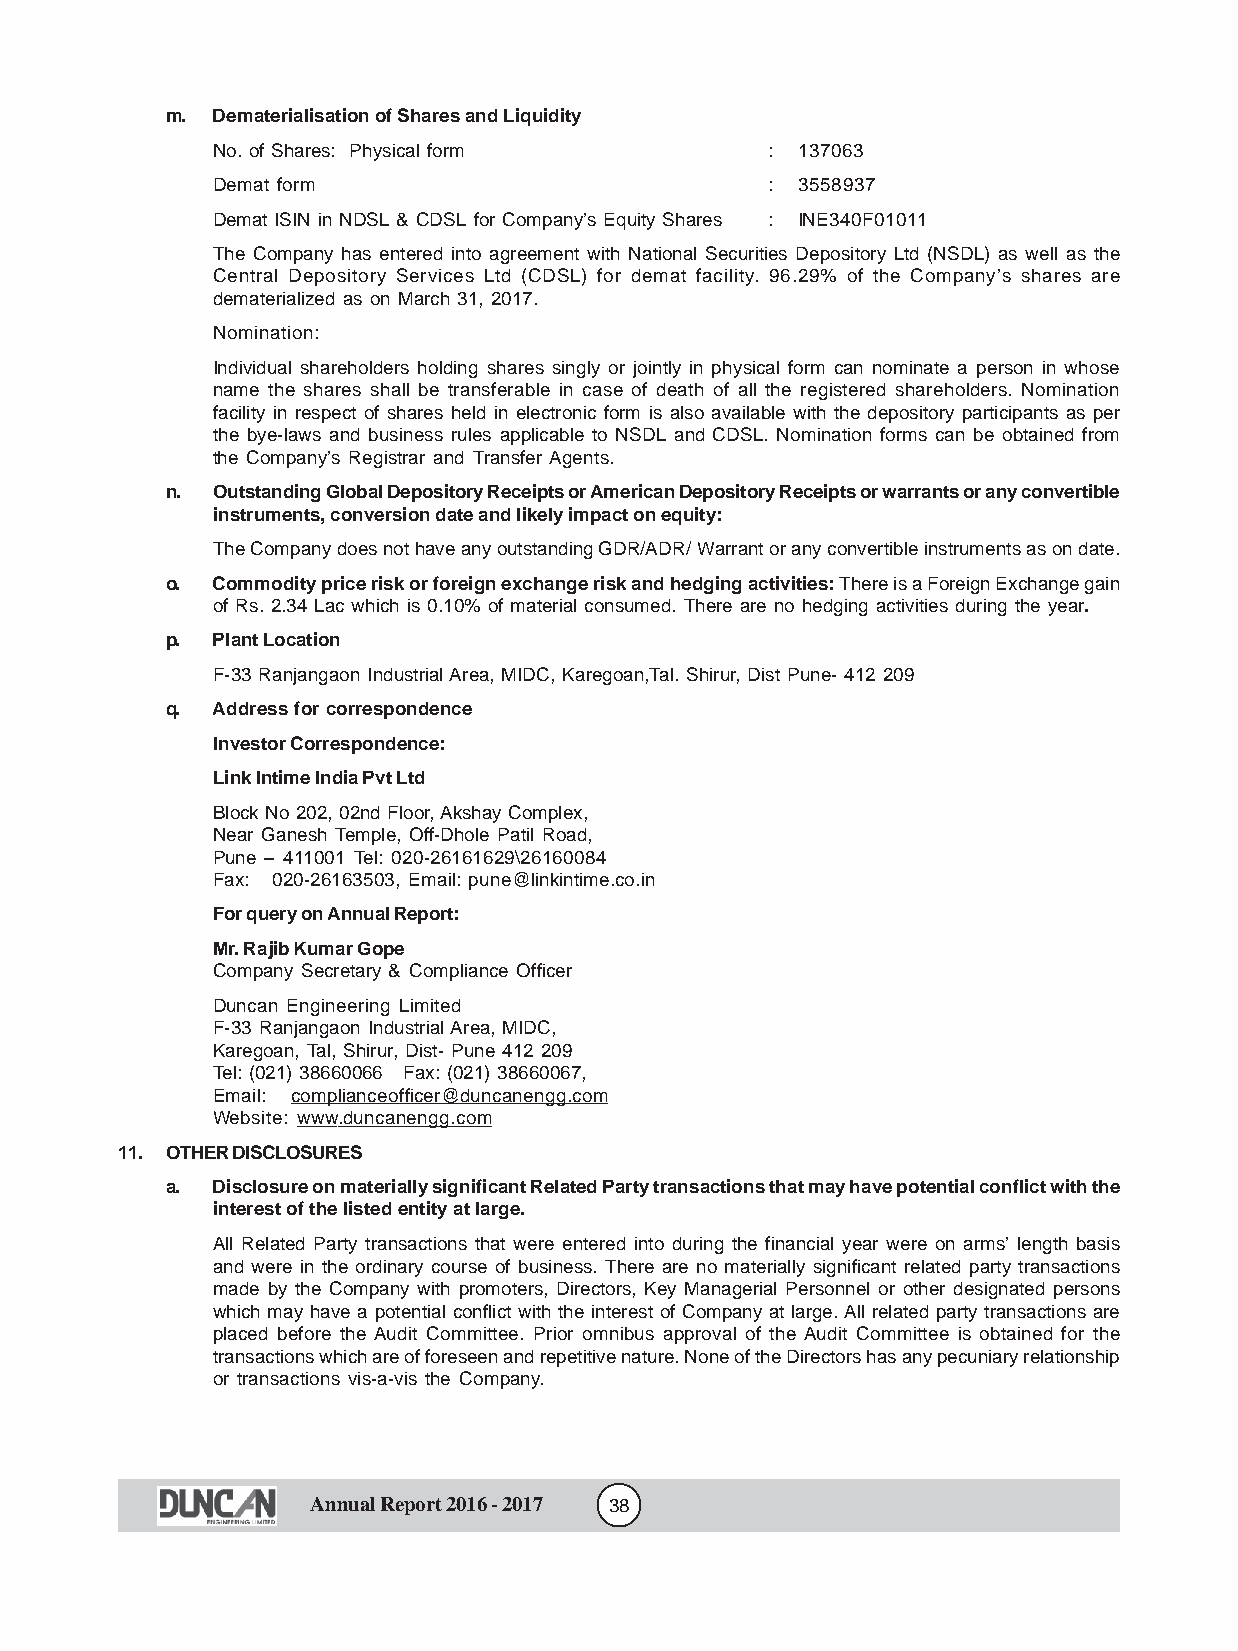
m. Dematerialisation of Shares and Liquidity
 No. of Shares: Physical form         : 137063
 Demat form                           : 3558937
 Demat ISIN in NDSL & CDSL for Company’s Equity Shares : INE340F01011
 The Company has entered into agreement with National Securities Depository Ltd (NSDL) as well as the
 Central Depository Services Ltd (CDSL) for demat facility. 96.29% of the Company’s shares are
 dematerialized as on March 31, 2017.
 Nomination:
 Individual shareholders holding shares singly or jointly in physical form can nominate a person in whose
 name the shares shall be transferable in case of death of all the registered shareholders. Nomination
 facility in respect of shares held in electronic form is also available with the depository participants as per
 the bye-laws and business rules applicable to NSDL and CDSL. Nomination forms can be obtained from
 the Company’s Registrar and Transfer Agents.
 n. Outstanding Global Depository Receipts or American Depository Receipts or warrants or any convertible
 instruments, conversion date and likely impact on equity:
 The Company does not have any outstanding GDR/ADR/ Warrant or any convertible instruments as on date.
 o. Commodity price risk or foreign exchange risk and hedging activities: There is a Foreign Exchange gain
 of Rs. 2.34 Lac which is 0.10% of material consumed. There are no hedging activities during the year.
 p. Plant Location
 F-33 Ranjangaon Industrial Area, MIDC, Karegoan,Tal. Shirur, Dist Pune- 412 209
 q. Address for correspondence
 Investor Correspondence:
 Link Intime India Pvt Ltd
 Block No 202, 02nd Floor, Akshay Complex,
 Near Ganesh Temple, Off-Dhole Patil Road,
 Pune – 411001 Tel: 020-26161629\26160084
 Fax: 020-26163503, Email: pune@linkintime.co.in
 For query on Annual Report:
 Mr. Rajib Kumar Gope
 Company Secretary & Compliance Officer
 Duncan Engineering Limited
 F-33 Ranjangaon Industrial Area, MIDC,
 Karegoan, Tal, Shirur, Dist- Pune 412 209
 Tel: (021) 38660066 Fax: (021) 38660067,
 Email: complianceofficer@duncanengg.com
 Website: www.duncanengg.com
 11. OTHER DISCLOSURES
 a. Disclosure on materially significant Related Party transactions that may have potential conflict with the
 interest of the listed entity at large.
 All Related Party transactions that were entered into during the financial year were on arms’ length basis
 and were in the ordinary course of business. There are no materially significant related party transactions
 made by the Company with promoters, Directors, Key Managerial Personnel or other designated persons
 which may have a potential conflict with the interest of Company at large. All related party transactions are
 placed before the Audit Committee. Prior omnibus approval of the Audit Committee is obtained for the
 transactions which are of foreseen and repetitive nature. None of the Directors has any pecuniary relationship
 or transactions vis-a-vis the Company.
 Annual Report 2016 - 2017 38